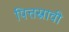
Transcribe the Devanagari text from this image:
पित्तस्रावी